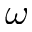
\omega